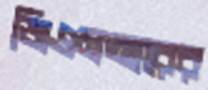
জিএমআরের